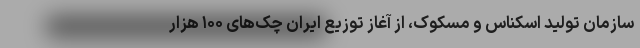
سازمان تولید اسکناس و مسکوک، از آغاز توزیع ایران چک‌های ۱۰۰ هزار